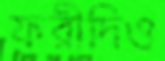
ফরীদিও